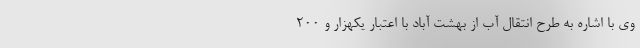
وی با اشاره به طرح انتقال آب از بهشت آباد با اعتبار یکهزار و ۲۰۰